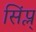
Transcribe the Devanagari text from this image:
सिंप्ल्